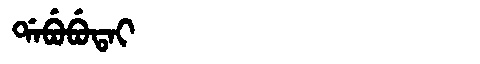
Manchu: ᡩᠠᠪᡠᠪᡠᡨᠠᡳ
Romanization: DABUBUTAI